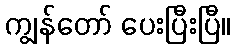
ကျွန်တော် ပေးပြီးပြီ။